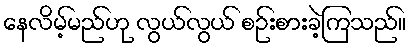
နေလိမ့်မည်ဟု လွယ်လွယ် စဉ်းစားခဲ့ကြသည်။